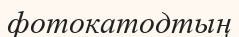
фотокатодтың